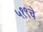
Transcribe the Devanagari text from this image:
५१९चे